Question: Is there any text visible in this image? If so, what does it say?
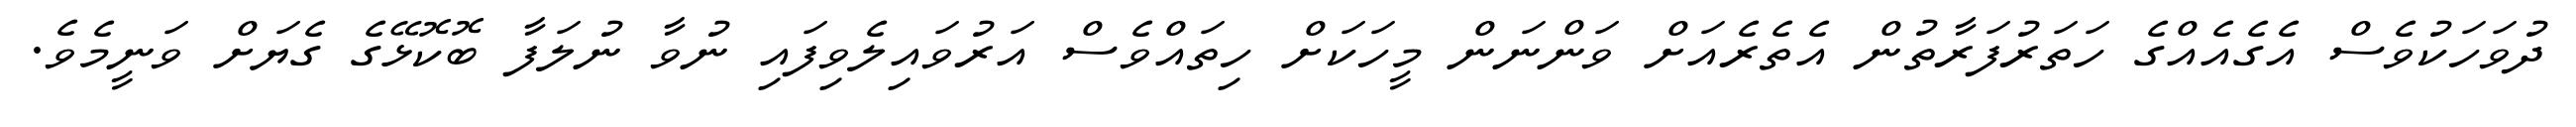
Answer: ދުވަހަކުވެސް އެގެއެއްގެ ހަތަރުފަރާތުން އެތެރެއަށް ވަންނަން މީހަކަށް ހިތައްވެސް އަރުވައިލެވިފައި ނުވާ ނުލަފާ ބޮކޮޅޭގެ ގެޔަށް ވަނީމެވެ.